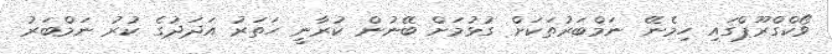
ވޯކްގްރޫޕްގައި ހިމެނޭ ނަމްބަރުތަކަށް ގުޅުމަށް ބޭނުން ކުރާނީ ހަތަރު އަދަދުގެ ކުރު ނަމްބަރު